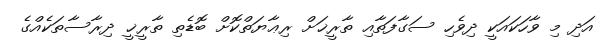
އަދި މި ވާހަކައަކީ ދިވެހި ސަގާފަތާއި ތާރީޚަށް ރިޢާޔަތްކޮށް ބޮޑެތި ތާރީޚީ ދިރާސާތަކެއްގެ